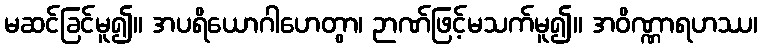
မဆင်ခြင်မူ၍။ အပရိယောဂါဟေတွာ၊ ဉာဏ်ဖြင့်မသက်မူ၍။ အဝိဏ္ဏာရဟဿ၊